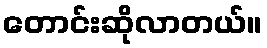
တောင်းဆိုလာတယ်။